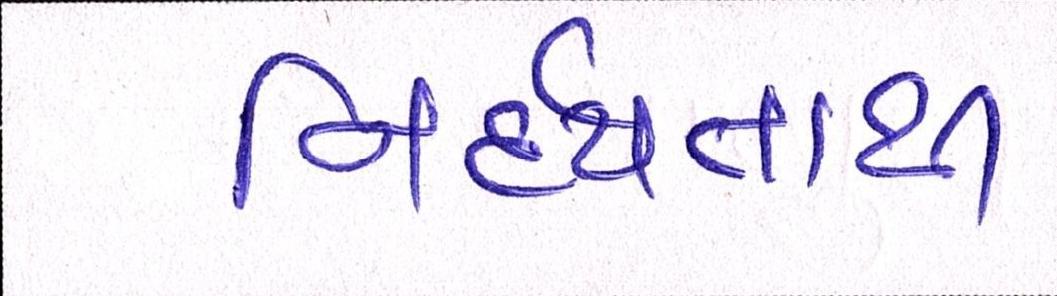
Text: નિર્દયતાથી